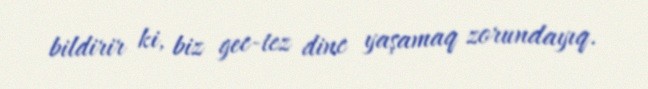
bildirir ki, biz gec-tez dinc yaşamaq zorundayıq.